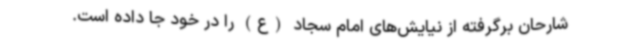
شارحان برگرفته از نیایش‌های امام سجاد (ع) را در خود جا داده است.